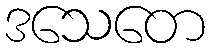
ဒသေတေ